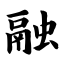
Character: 融